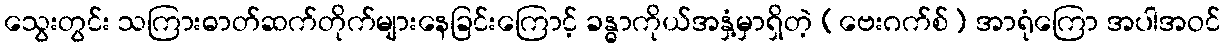
သွေးတွင်း သကြားဓာတ်ဆက်တိုက်များနေခြင်းကြောင့် ခန္ဓာကိုယ်အနှံ့မှာရှိတဲ့ (ဗေးဂက်စ်) အာရုံကြော အပါအဝင်